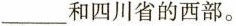
___和四川省的西部。